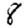
Digit: 8